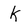
Character: k